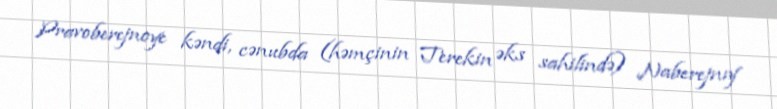
Pravoberejnoye kəndi, cənubda (həmçinin Terekin əks sahilində) Naberejnıy